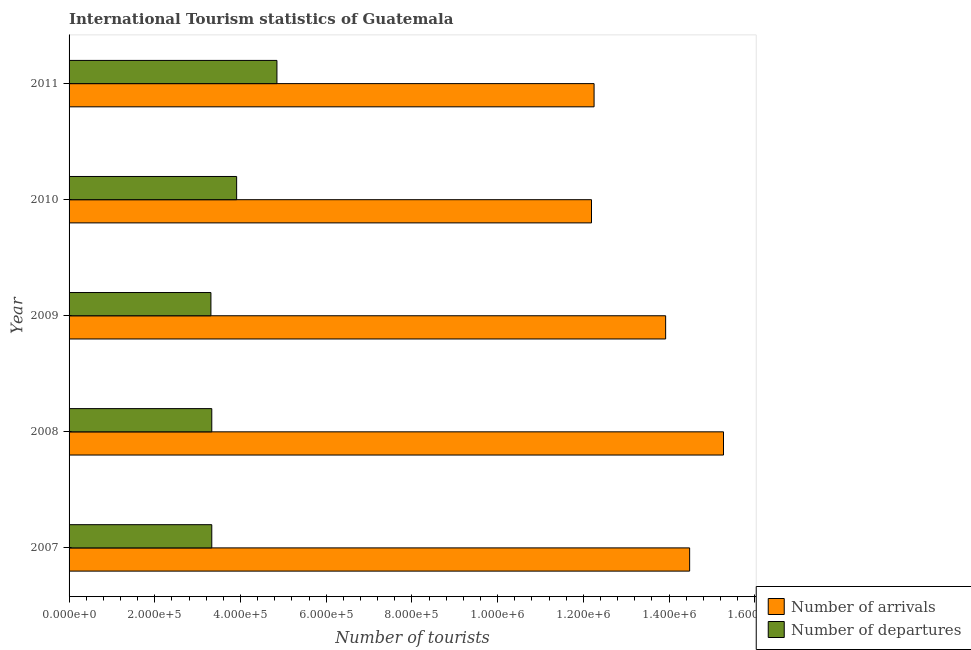
| Year | Number of arrivals | Number of departures |
 | --- | --- | --- |
 | 2007 | 1.45e+06 | 3.33e+05 |
 | 2008 | 1.53e+06 | 3.33e+05 |
 | 2009 | 1.39e+06 | 3.31e+05 |
 | 2010 | 1.22e+06 | 3.91e+05 |
 | 2011 | 1.22e+06 | 4.85e+05 |